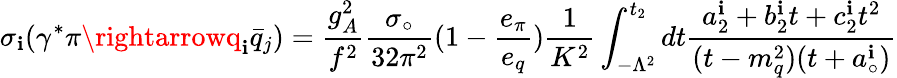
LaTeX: \sigma_{\mathbf{i}}(\gamma^{*}\pi\rightarrowq_{\mathbf{i}}\bar{{q}}_{j})=\frac{{g_{A}^{2}}}{{f^{2}}}\frac{{\sigma_{\circ}}}{{32\pi^{2}}}(1-\frac{{e_{\pi}}}{{e_{q}}})\frac{{1}}{{K^{2}}}\int_{-\Lambda^{2}}^{t_{2}}dt\frac{{a_{2}^{\mathbf{i}}+b_{2}^{\mathbf{i}}t+c_{2}^{\mathbf{i}}t^{2}}}{{(t-m_{q}^{2})(t+a_{\circ}^{\mathbf{i}})}}